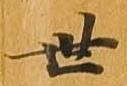
世